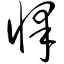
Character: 怿